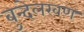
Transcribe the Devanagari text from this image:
बुन्देलखण